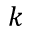
k